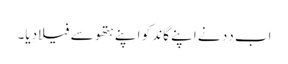
اَب دِدِ نے اَپنے گاند کو اَپنے ہتھو سے فیلا دِیا۔